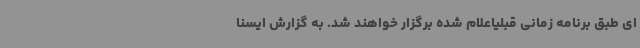
ای طبق برنامه زمانی قبلیاعلام شده برگزار خواهند شد. به گزارش ایسنا